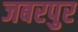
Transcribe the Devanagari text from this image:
जबरपुर